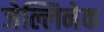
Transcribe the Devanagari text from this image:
जेल्लिनेक